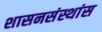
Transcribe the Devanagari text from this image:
शासनसंस्थांस